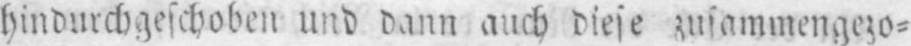
hindurchgeschoben und dann auch diese zusammengezo⸗